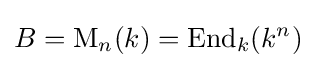
B=\operatorname {M} _{n}(k)=\operatorname {End} _{k}(k^{n})